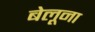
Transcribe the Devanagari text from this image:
बेलूना